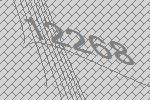
12268